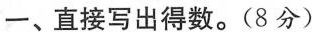
一、直接写出得数。(8分)